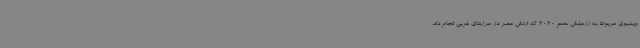
ویدیوی مربوط به رزمایش حسم 2020 که ارتش مصر در مرزهای غربی انجام داد،